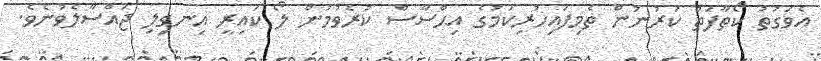
އެވަގުތު ކޯތާފަތް ކަރުނުން ތެމިފައިހުރިކަމުގެ އިޙްސާސް ކުރެވުމުން ލޯ ކައިރީ އިނގިލި ޖައްސާލެވުނެވެ.